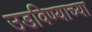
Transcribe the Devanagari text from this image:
उडविण्याच्या